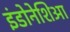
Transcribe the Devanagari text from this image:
इंडोनेशिआ